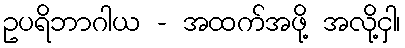
ဥပရိဘာဂါယ - အထက်အဖို့ အလို့ငှါ၊